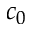
c _ { 0 }